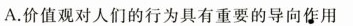
A.价值观对人们的行为具有重要的导向作用